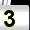
Digit: 3